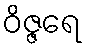
ဝိဇ္ဇရေ